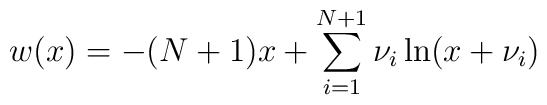
w(x) = -(N+1)x + \sum_{i=1}^{N+1} \nu_{i}\ln (x + \nu_{i})